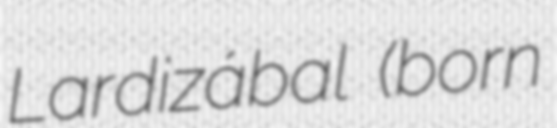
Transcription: Lardizábal (born